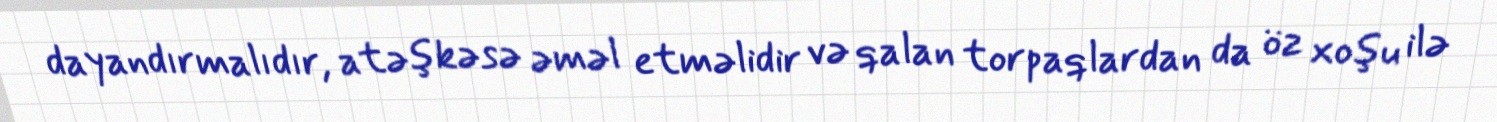
dayandırmalıdır, atəşkəsə əməl etməlidir və qalan torpaqlardan da öz xoşu ilə